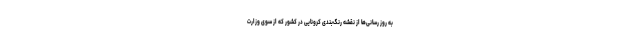
به روز رسانی‌ها از نقشه رنگ‌بندی کرونایی در کشور که از سوی وزارت